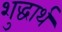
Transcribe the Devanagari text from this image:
शुद्धार्थ